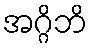
အဂ္ဂိဘိ